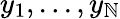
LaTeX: y_{1},...,y_{\mathbb{N}}